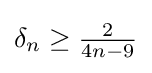
\delta _{n}\geq {\tfrac {2}{4n-9}}